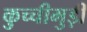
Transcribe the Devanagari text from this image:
कुच्चीमुड़ी